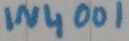
Text: IN4001